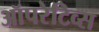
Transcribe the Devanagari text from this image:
ऑपरेटिव्स